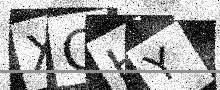
Text: XQHY